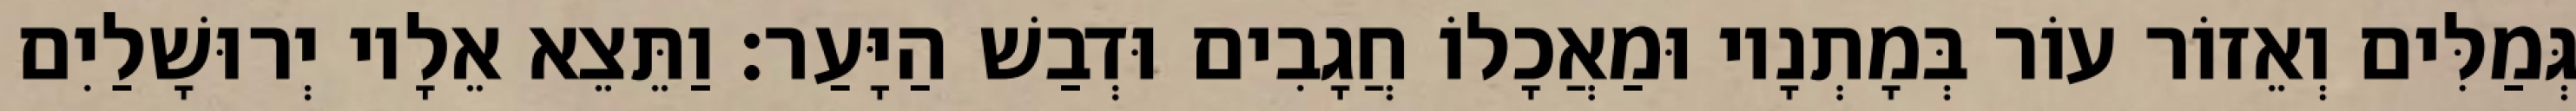
גְּמַלִּים וְאֵזוֹר עוֹר בְּמָתְנָיו וּמַאֲכָלוֹ חֲגָבִים וּדְבַשׁ הַיָּעַר׃ וַתֵּצֵא אֵלָיו יְרוּשָׁלַיִם